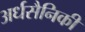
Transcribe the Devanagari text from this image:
अर्धसैनिकी